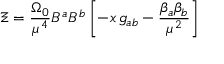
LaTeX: \Xi = \frac { \Omega _ { 0 } } { \mu ^ { 4 } } B ^ { a } B ^ { b } \left[ - x \, g _ { a b } - \frac { \beta _ { a } \beta _ { b } } { \mu ^ { 2 } } \right]